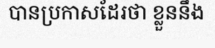
បានប្រកាសដែរថា ខ្លួននឹង